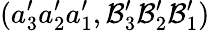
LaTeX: (a_{3}^{\prime}a_{2}^{\prime}a_{1}^{\prime},\mathcal{B}_{3}^{\prime}\mathcal{B}_{2}^{\prime}\mathcal{B}_{1}^{\prime})